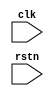
module gry_4way_fsm(
	clk	,
	rstn 
);

input 		clk;
input		rstn;
wire		clk;
wire		rstn;
reg			a0_green;
reg			a0_yellow;
reg			a0_red;
reg			a1_green;
reg			a1_yellow;
reg			a1_red;
reg			b0_green;
reg			b0_yellow;
reg			b0_red;
reg			b1_green;
reg			b1_yellow;
reg			b1_red;
reg			dir; 
parameter	IDLE = 2'b00;	
parameter	GREEN = 2'b01;	  
parameter	YELLOW = 2'b10;	  
parameter	RED = 2'b11;	  
reg [3:0]   counter;   
reg [1:0]   now_state;
reg [1:0]   next_state;


always @(posedge clk or negedge rstn)begin
	if (~rstn)begin
		a0_green  <= 1'b1;
		a0_yellow <= 1'b0;
		a0_red    <= 1'b0;
		a1_green  <= 1'b1;
		a1_yellow <= 1'b0;
		a1_red    <= 1'b0;
		b0_green  <= 1'b0;
		b0_yellow <= 1'b0;
		b0_red    <= 1'b1;
		b1_green  <= 1'b0; 
		b1_yellow <= 1'b0;
		b1_red    <= 1'b1;
		dir       <= 1'b1;
		counter   <= 4'h0;
		now_state <= GREEN;
	end
	else begin
		counter   <= counter + 4'h1;
		now_state <= next_state;
	end
end
	
	
always @ (*)begin
	case (now_state)
		GREEN:
		begin
			if ((dir == 1'b1) & (counter == 4'h3))begin
				a0_green  <= 1'b0;
				a0_yellow <= 1'b1;
				a0_red    <= 1'b0;
				a1_green  <= 1'b0;
				a1_yellow <= 1'b1;
				a1_red    <= 1'b0;
				dir 	  <= 1'b1;
				next_state<= YELLOW;
			end
			else if ((dir == 1'b0) & (counter == 4'h3))begin
				b0_green  <= 1'b0;
				b0_yellow <= 1'b1;
				b0_red    <= 1'b0;
				b1_green  <= 1'b0; 
				b1_yellow <= 1'b1;
				b1_red    <= 1'b0;
				dir 	  <= 1'b0;
				next_state<= YELLOW;
			end
		end
		YELLOW:
		begin
			if ((dir == 1'b1) & (counter == 4'h5))begin
				a0_green  <= 1'b0;
				a0_yellow <= 1'b0;
				a0_red    <= 1'b1;
				a1_green  <= 1'b0;
				a1_yellow <= 1'b0;
				a1_red    <= 1'b1;
				dir 	  <= 1'b1;
				next_state<= RED;
			end
			else if ((dir == 1'b0) & (counter == 4'h5))begin
				b0_green  <= 1'b0;
				b0_yellow <= 1'b0;
				b0_red    <= 1'b1;
				b1_green  <= 1'b0; 
				b1_yellow <= 1'b0;
				b1_red    <= 1'b1;
				dir 	  <= 1'b0;
				next_state<= RED;
			end
		end
		RED:
		begin
			if ((dir == 1'b1) & (counter == 4'hd))begin
				a0_green  <= 1'b1;
				a0_yellow <= 1'b0;
				a0_red    <= 1'b0;
				a1_green  <= 1'b1;
				a1_yellow <= 1'b0;
				a1_red    <= 1'b0;
				dir 	  <= 1'b0; /*IMPORTANT*/
				next_state<= GREEN;
			end
			else if ((dir == 1'b0) & (counter == 4'hd))begin
				b0_green  <= 1'b1;
				b0_yellow <= 1'b0;
				b0_red    <= 1'b0;
				b1_green  <= 1'b1; 
				b1_yellow <= 1'b0;
				b1_red    <= 1'b0;
				dir       <= 1'b1; /*IMPORTANT*/
				next_state<= GREEN;
			end
		end
		default:	
		begin
				next_state<= GREEN;
		end
	endcase
	
end

endmodule